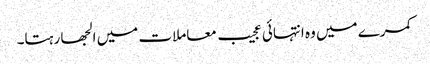
کمرے میں وہ انتہائی عجیب معاملات میں الجھا رہتا۔